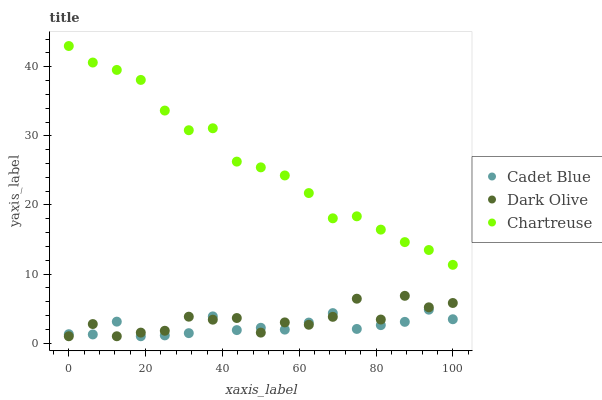
| xaxis_label | Cadet Blue | Dark Olive | Chartreuse |
 | --- | --- | --- | --- |
 | 0 | 1.3 | 1 | 43 |
 | 6.25 | 1.26 | 2.77 | 40.6 |
 | 12.5 | 3.11 | 1 | 39.5 |
 | 18.8 | 1 | 1.53 | 38.1 |
 | 25 | 1.13 | 1.79 | 33.7 |
 | 31.2 | 1.45 | 3.83 | 30.8 |
 | 37.5 | 3.87 | 3.4 | 31.1 |
 | 43.8 | 1.89 | 3.64 | 26.3 |
 | 50 | 2.22 | 1.53 | 25.4 |
 | 56.2 | 1.96 | 3 | 24.3 |
 | 62.5 | 2.98 | 2.66 | 21.7 |
 | 68.8 | 4.35 | 3.81 | 18.1 |
 | 75 | 2.06 | 6.43 | 18.4 |
 | 81.2 | 2.61 | 3.42 | 16.4 |
 | 87.5 | 3.08 | 6.85 | 14.6 |
 | 93.8 | 4.84 | 5.19 | 13.5 |
 | 100 | 3.46 | 5.81 | 11.3 |